Report of veterinary surgeon J.H. Steel, A.V.D., on his investigation into an obscure and fatal disease among transport mules in British Burma
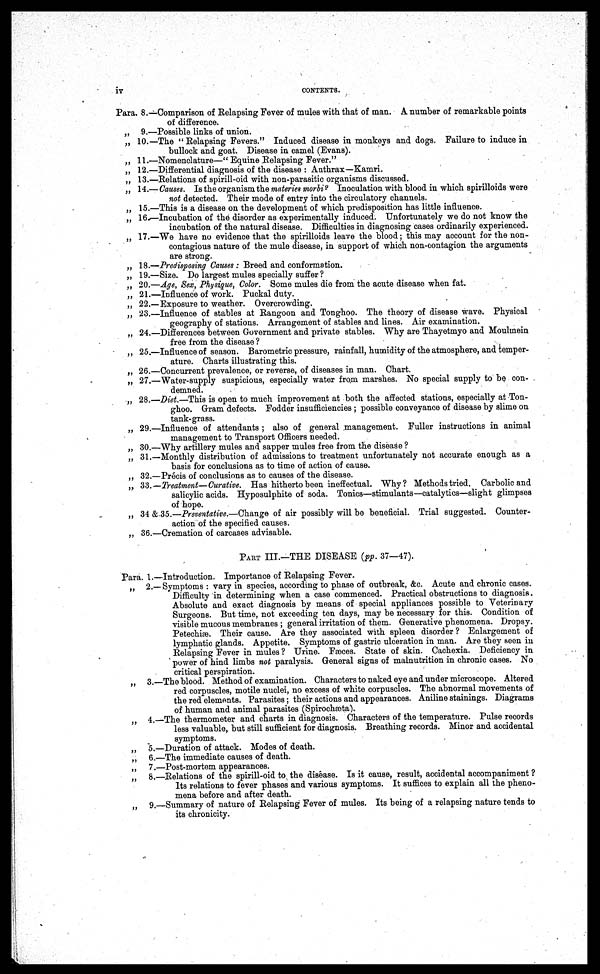
iv
CONTENTS.
Para. 8.—Comparison of Relapsing Fever of mules with that of man. A number of remarkable points
of difference.
„ 9.—Possible links of union.
„ 10.—The "Relapsing Fevers." Induced disease in monkeys and dogs. Failure to induce in
bullock and goat. Disease in camel (Evans).
„ 11.—Nomenclature—'' Equine Relapsing Fever.''
„ 12.—Differential diagnosis of the disease : Anthrax—Kamri.
„ 13.—Relations of spirill-oid with non-parasitic organisms discussed.
„ 14.— Causes. Is the organism the materies morbi ? Inoculation with blood in which spirilloids were
not detected. Their mode of entry into the circulatory channels.
„ 15.—This is a disease on the development of which predisposition has little influence.
„ 16-—Incubation of the disorder as experimentally induced. Unfortunately we do not know the
incubation of the natural disease. Difficulties in diagnosing cases ordinarily experienced.
„ 17.—We have no evidence that the spirilloids leave the blood; this may account for the non-
contagious nature of the mule disease, in support of which non-contagion the arguments
are strong.
„ 18.—Predisposing Causes : Breed and conformation.
„ 19.—Size. Do largest mules specially suffer ?
„ 20.—Age, Sex, Physique, Color. Some mules die from the acute disease when fat.
„ 21.—Influence of work. Puckal duty.
„ 22.—Exposure to weather. Overcrowding.
„ 23.—Influence of stables at Rangoon and Tonghoo. The theory of disease wave. Physical
geography of stations. Arrangement of stables and lines. Air examination.
„ 24.—Differences between Government and private stables. Why are Thayetmyo and Moulmein
free from the disease ?
„ 25.—Influence of season. Barometric pressure, rainfall, humidity of the atmosphere, and temper-
ature. Charts illustrating this.
„ 26.—Concurrent prevalence, or reverse, of diseases in man. Chart.
„ 27.—Water-supply suspicious, especially water from marshes. No special supply to be con-
demned.
„ 28.—Diet.—This is open to much improvement at both the affected stations, especially at Ton-
ghoo. Gram defects. Fodder insufficiencies ; possible conveyance of disease by slime on
tank-grass.
„ 29.—Influence of attendants ; also of general management. Fuller instructions in animal
management to Transport Officers needed.
„ 30.—Why artillery mules and sapper mules free from the disease ?
„ 31.—Monthly distribution of admissions to treatment unfortunately not accurate enough as a
basis for conclusions as to time of action of cause.
„ 32.—Precis of conclusions as to causes of the disease.
„ 33.—Treatment—Curative. Has hitherto been ineffectual. Why? Methods tried. Carbolic and
salicylic acids. Hyposulphite of soda. Tonics—stimulants—catalytics—slight glimpses
of hope.
„ 34 & 35.—Preventative.—Change of air possibly will be beneficial. Trial suggested. Counter-
action of the specified causes.
„ 36.—Cremation of carcases advisable.
PART III.—THE DISEASE (pp. 37—47).
Para. 1.—Introduction. Importance of Relapsing Fever.
„ 2.— Symptoms : vary in species, according to phase of outbreak, &c. Acute and chronic cases.
Difficulty in determining when a case commenced. Practical obstructions to diagnosis.
Absolute and exact diagnosis by means of special appliances possible to Veterinary
Surgeons. But time, not exceeding ten days, may be necessary for this. Condition of
visible mucous membranes ; general irritation of them. Generative phenomena. Dropsy.
Petechise. Their cause. Are they associated with spleen disorder ? Enlargement of
lymphatic glands. Appetite, Symptoms of gastric ulceration in man. Are they seen in
Relapsing Fever in mules ? Urine. Fæces. State of skin. Cachexia. Deficiency in
power of hind limbs not paralysis. General signs of malnutrition in chronic cases. No
critical perspiration.
„ 3.—The blood. Method of examination. Characters to naked eye and under microscope. Altered
red corpuscles, motile nuclei, no excess of white corpuscles. The abnormal movements of
the red elements. Parasites; their actions and appearances. Aniline stainings. Diagrams
of human and animal parasites (Spirochæta).
„ 4.—The thermometer and charts in diagnosis. Characters of the temperature. Pulse records
less valuable, but still sufficient for diagnosis. Breathing records. Minor and accidental
symptoms.
„ 5.—Duration of attack. Modes of death.
„ 6.—The immediate causes of death.
„ 7.—Post-mortem appearances.
„ 8.—Relations of the spirill-oid to the disease. Is it cause, result, accidental accompaniment ?
Its relations to fever phases and various symptoms. It suffices to explain all the pheno-
mena before and after death.
„ 9.—Summary of nature of Relapsing Fever of mules. Its being of a relapsing nature tends to
its chronicity.